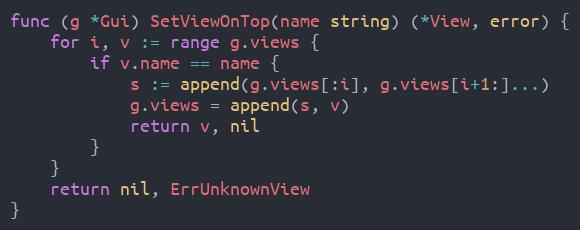
Language: Go
func (g *Gui) SetViewOnTop(name string) (*View, error) {
	for i, v := range g.views {
		if v.name == name {
			s := append(g.views[:i], g.views[i+1:]...)
			g.views = append(s, v)
			return v, nil
		}
	}
	return nil, ErrUnknownView
}